画像に写った文字を読んでください
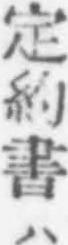
「定約書ハ」と書いてあります